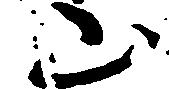
山